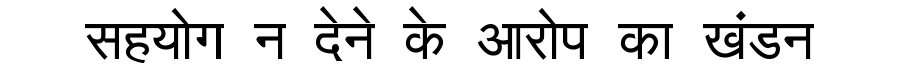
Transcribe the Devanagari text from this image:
सहयोग न देने के आरोप का खंडन